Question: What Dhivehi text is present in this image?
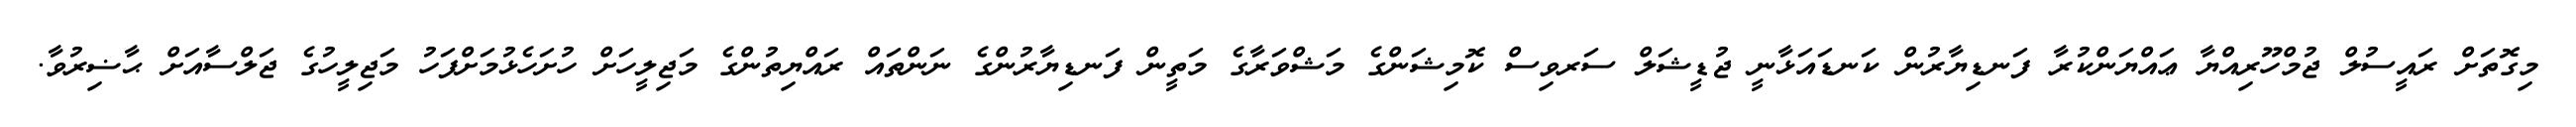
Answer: މިގޮތަށް ރައީސުލް ޖުމްހޫރިއްޔާ ޢައްޔަންކުރާ ފަނޑިޔާރުން ކަނޑައަޅާނީ ޖުޑީޝަލް ސަރވިސް ކޮމިޝަންގެ މަޝްވަރާގެ މަތީން ފަނޑިޔާރުންގެ ނަންތައް ރައްޔިތުންގެ މަޖިލީހަށް ހުށަހެޅުމަށްފަހު މަޖިލީހުގެ ޖަލްސާއަށް ޙާޟިރުވާ.